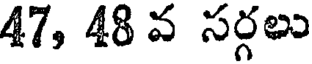
47, 48 వ సర్గలు